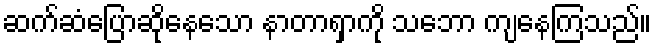
ဆက်ဆံပြောဆိုနေသော နာတာရှာကို သဘော ကျနေကြသည်။